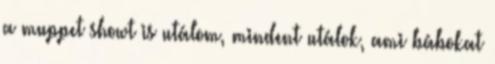
a muppet showt is utálom, mindent utálok, ami bábokat